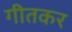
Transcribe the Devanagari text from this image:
गीतकर